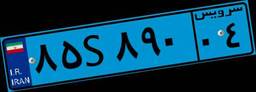
۸۵S۸۹۰۰۴